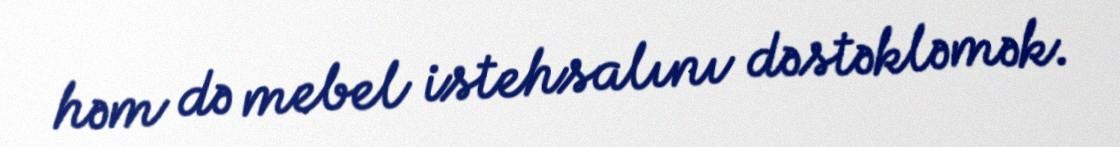
həm də mebel istehsalını dəstəkləmək.